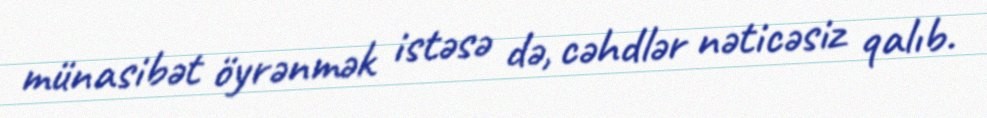
münasibət öyrənmək istəsə də, cəhdlər nəticəsiz qalıb.